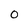
Character: 0